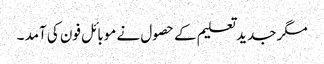
مگر جدید تعلیم کے حصول نے موبائل فون کی آمد ۔